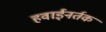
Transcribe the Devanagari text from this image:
हवाईनर्तक